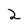
Character: 2